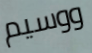
ووسيم